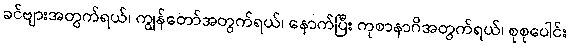
ခင်ဗျားအတွက်ရယ်၊ ကျွန်တော်အတွက်ရယ်၊ နောက်ပြီး ကုစာနာဂိအတွက်ရယ်၊ စုစုပေါင်း